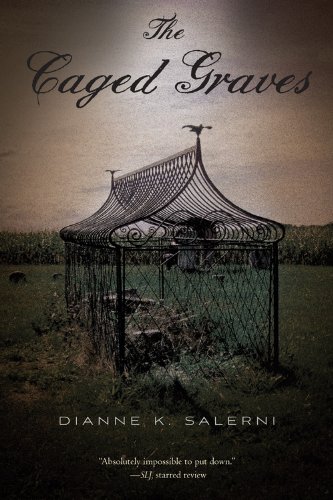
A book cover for The Caged Graves; Dianne K. Salerni; Teen & Young Adult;